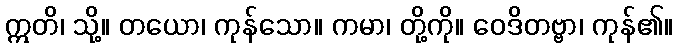
ဣတိ၊ သို့။ တယော၊ ကုန်သော။ ကမာ၊ တို့ကို။ ဝေဒိတဗ္ဗာ၊ ကုန်၏။